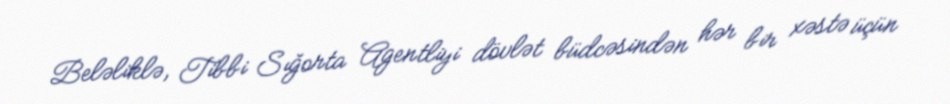
Beləliklə, Tibbi Sığorta Agentliyi dövlət büdcəsindən hər bir xəstə üçün